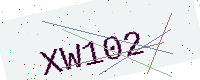
Text: XW102